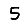
Digit: 5